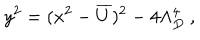
y ^ { 2 } = ( x ^ { 2 } - \overline { { { U } } } ) ^ { 2 } - 4 \Lambda _ { D } ^ { 4 } \ ,